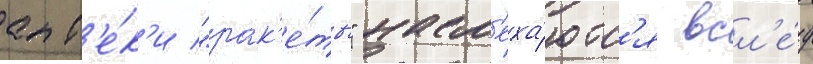
апт'е́к'и "рак'е́ты" насм'еха́ютс'я всл'е́д